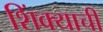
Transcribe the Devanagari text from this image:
शिंक्याची